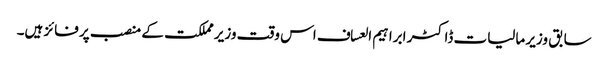
سابق وزیر مالیات ڈاکٹر ابراہیم العساف اس وقت وزیر مملکت کے منصب پر فائز ہیں۔